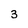
Character: 3